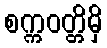
စက္ကဝတ္တိမှိ